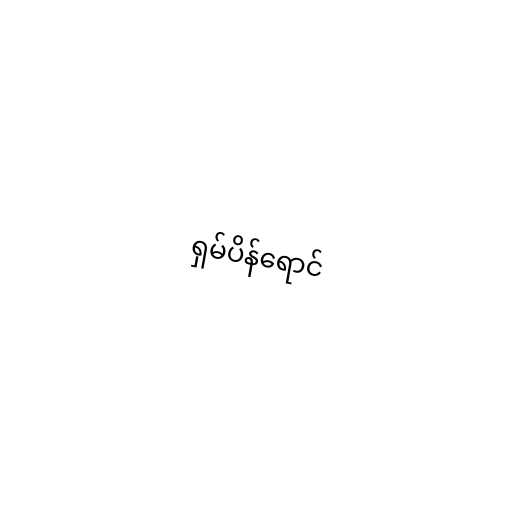
ရှမ်ပိန်ရောင်